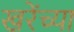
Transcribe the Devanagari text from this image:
खरेंच्या